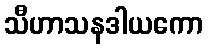
သီဟာသနဒါယကော